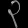
Digit: ၃